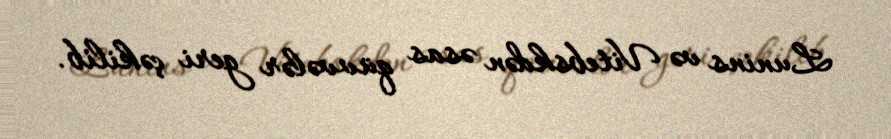
Lunins və Vitebskdən əsas qüvvələr geri çəkilib.